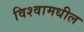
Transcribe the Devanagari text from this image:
विश्वामधील